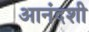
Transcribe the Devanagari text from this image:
आनंदशी